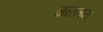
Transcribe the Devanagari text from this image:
जळतन